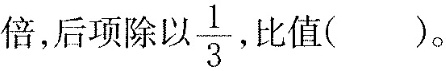
倍，后项除以$$\frac{1}{3}$$，比值（）。